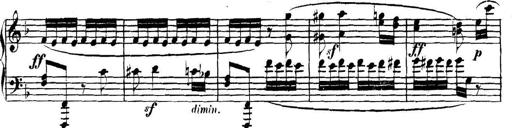
Title: Collected Piano Sonatas
Composer: Muzio Clementi